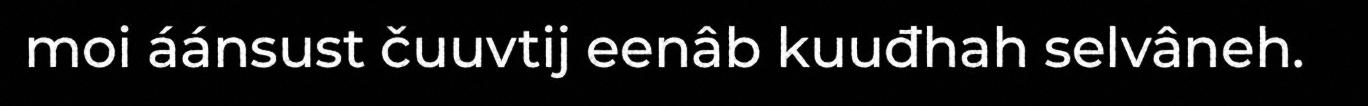
moi áánsust čuuvtij eenâb kuuđhah selvâneh.